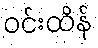
ဝင်းထိန်